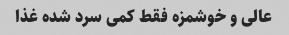
عالی و خوشمزه فقط کمی سرد شده غذا